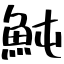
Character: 魨